Report of the King Institute of Preventive Medicine, Guindy
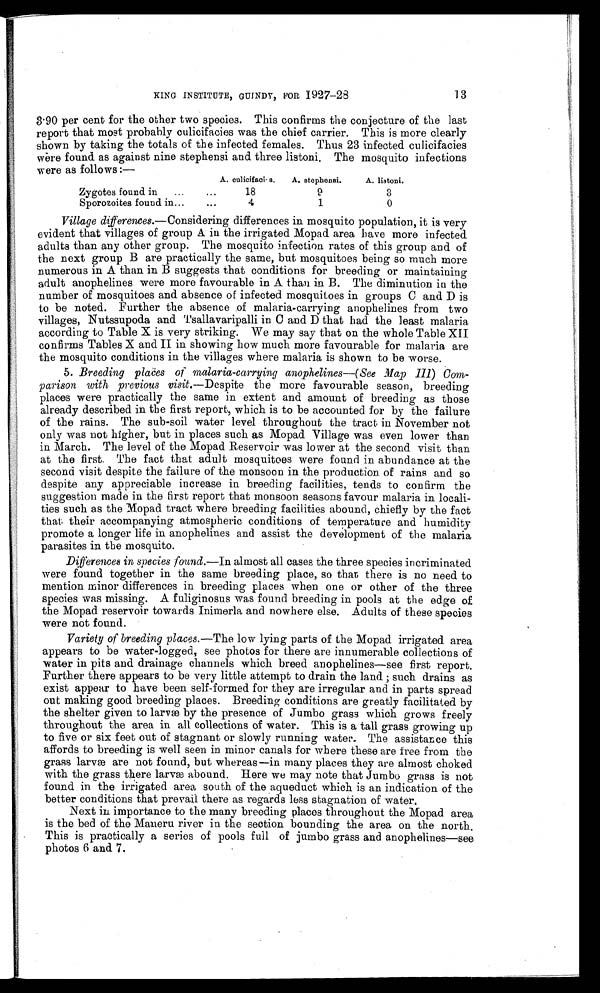
KING INSTITUTE, GUINDY, FOR 1927-28
13
3.90 per cent for the other two species. This confirms the conjecture of the last
report that most probably culicifacies was the chief carrier. This is more clearly
shown by taking the totals of the infected females. Thus 23 infected culicifacies
were found as against nine stephensi and three listoni. The mosquito infections
were as follows :—
A. culicifaci's.
A. stephensi.
A. listoni.
Zygotes found in
...
...
18
9
3
Sporozoites found in ...
...
4
1
0
Village differences.—Considering differences in mosquito population, it is very
evident that villages of group A in the irrigated Mopad area have more infected
adults than any other group. The mosquito infection rates of this group and of
the next group B are practically the same, but mosquitoes being so much more
numerous in A than in B suggests that conditions for breeding or maintaining
adult anophelines were more favourable in A than in B. The diminution in the
number of mosquitoes and absence of infected mosquitoes in groups C and D is
to be noted. Further the absence of malaria-carrying anophelines from two
villages, Nutssupoda and Tsallavaripalli in C and D that had the least malaria
according to Table X is very striking. We may say that on the whole Table XII
confirms Tables X and II in showing how much more favourable for malaria are
the mosquito conditions in the villages where malaria is shown to be worse.
5. Breeding places of malaria-carrying anophelines—(See Map 111) Com-
parison with previous visit .—Despite the more favourable season, breeding
places were practically the same in extent and amount of breeding as those
already described in the first report, which is to be accounted for by the failure
of the rains. The sub-soil water level throughout the tract in November not
only was not higher, but in places such as Mopad Village was even lower than
in March. The level of the Mopad Reservoir was lower at the second visit than
at the first, The fact that adult mosquitoes were found in abundance at the
second visit despite the failure of the monsoon in the production of rains and so
despite any appreciable increase in breeding facilities, tends to confirm the
suggestion made in the first report that monsoon seasons favour malaria in locali-
ties such as the Mopad tract where breeding facilities abound, chiefly by the fact
that their accompanying atmospheric conditions of temperature and humidity
promote a longer life in anophelines and assist the development of the malaria
parasites in the mosquito.
Differences in species found.—In almost all cases the three species incriminated
were found together in the same breeding place, so that there is no need to
mention minor differences in breeding places when one or other of the three
species was missing. A fuliginosus was found breeding in pools at the edge of
the Mopad reservoir towards Inimerla and nowhere else. Adults of these species
were not found.
Variety of breeding places.— The low lying parts of the Mopad irrigated area
appears to be water-logged, see photos for there are innumerable collections of
water in pits and drainage channels which breed anophelines—see first report.
Further there appears to be very little attempt to drain the land ; such drains as
exist appear to have been self-formed for they are irregular and in parts spread
out making good breeding places. Breeding conditions are greatly facilitated by
the shelter given to larvae by the presence of Jumbo grass which grows freely
throughout the area in all collections of water. This is a tall grass growing up
to five or six feet out of stagnant or slowly running water. The assistance this
affords to breeding is well seen in minor canals for where these are free from the
grass larvæ are not found, but whereas—in many places they are almost choked
with the grass there larvæ abound. Here we may note that Jumbo grass is not
found in the irrigated area south of the aqueduct which is an indication of the
better conditions that prevail there as regards less stagnation of water.
Next in importance to the many breeding places throughout the Mopad area
is the bed of the Maneru river in the section bounding the area on the north.
This is practically a series of pools full of jumbo grass and anophelines—see
photos 6 and 7.